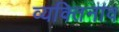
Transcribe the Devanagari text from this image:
व्यक्तिनाव